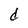
Character: d